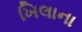
ખિલાના